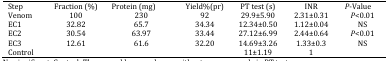
| Step | Fraction (%) | Protein (mg) | Yield%(pr) | PT test (s) | INR | P-Value |
 | --- | --- | --- | --- | --- | --- | --- |
 | Venom | 100 | 230 | 92 | 29.9±5.90 | 2.31±0.31 | P<0.01 |
 | EC1 | 32.82 | 65.7 | 34.34 | 12.34±0.50 | 1.12±0.04 | NS |
 | EC2 | 30.54 | 63.97 | 33.44 | 27.12±6.99 | 2.44±0.64 | P<0.01 |
 | EC3 | 12.61 | 61.6 | 32.20 | 14.69±3.26 | 1.33±0.3 | NS |
 | Control |  |  |  | 11±1.19 | 1 |  |